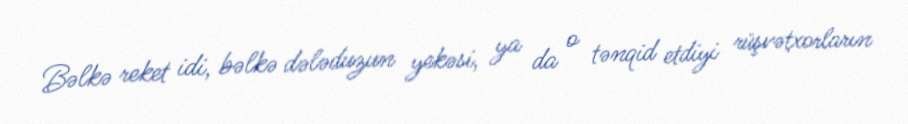
Bəlkə reket idi, bəlkə dələduzun yekəsi, ya da o tənqid etdiyi rüşvətxorların